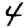
Digit: 4